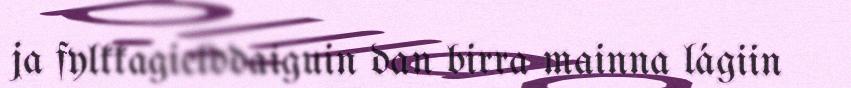
ja fylkkagielddaiguin dan birra mainna lágiin